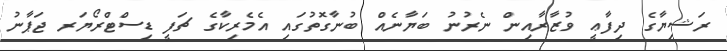
ރަޝިޔާގެ ދިފާޢީ ވުޒާރާއިން ނެރުނު ބަޔާނެއް ބުނާގޮތުގައި އެމެރިކާގެ ޗަފީ ޑިސްޓްރޯޔަރ ޖަޕާނު